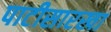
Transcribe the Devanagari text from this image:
पाटीसारखा